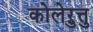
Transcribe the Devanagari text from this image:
कोलेऱुत्तु